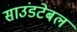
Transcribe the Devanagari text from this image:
साउंडटेबल